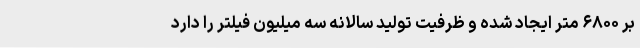
بر ۶۸۰۰ متر ایجاد شده و ظرفیت تولید سالانه سه میلیون فیلتر را دارد